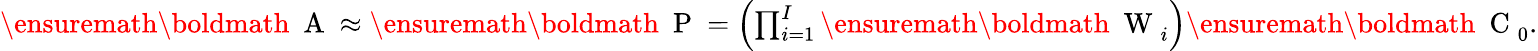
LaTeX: \begin{array}{r}{\ensuremath{{\mathchoice{\mathrm{\boldmath~\displaystyle~A~}}{\mathrm{\boldmath~\textstyle~A~}}{\mathrm{\boldmath~\scriptstyle~A~}}{\mathrm{\boldmath~\scriptscriptstyle~A~}}}}\approx\ensuremath{{\mathchoice{\mathrm{\boldmath~\displaystyle~P~}}{\mathrm{\boldmath~\textstyle~P~}}{\mathrm{\boldmath~\scriptstyle~P~}}{\mathrm{\boldmath~\scriptscriptstyle~P~}}}}=\left(\prod_{i=1}^{I}\ensuremath{{\mathchoice{\mathrm{\boldmath~\displaystyle~W~}}{\mathrm{\boldmath~\textstyle~W~}}{\mathrm{\boldmath~\scriptstyle~W~}}{\mathrm{\boldmath~\scriptscriptstyle~W~}}}}_{i}\right)\ensuremath{{\mathchoice{\mathrm{\boldmath~\displaystyle~C~}}{\mathrm{\boldmath~\textstyle~C~}}{\mathrm{\boldmath~\scriptstyle~C~}}{\mathrm{\boldmath~\scriptscriptstyle~C~}}}}_{0}.}\end{array}